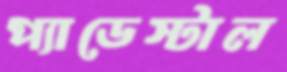
প্যাডেস্টাল